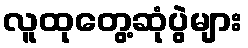
လူထုတွေ့ဆုံပွဲများ